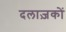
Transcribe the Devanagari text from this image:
दलाज़कों